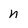
Character: n